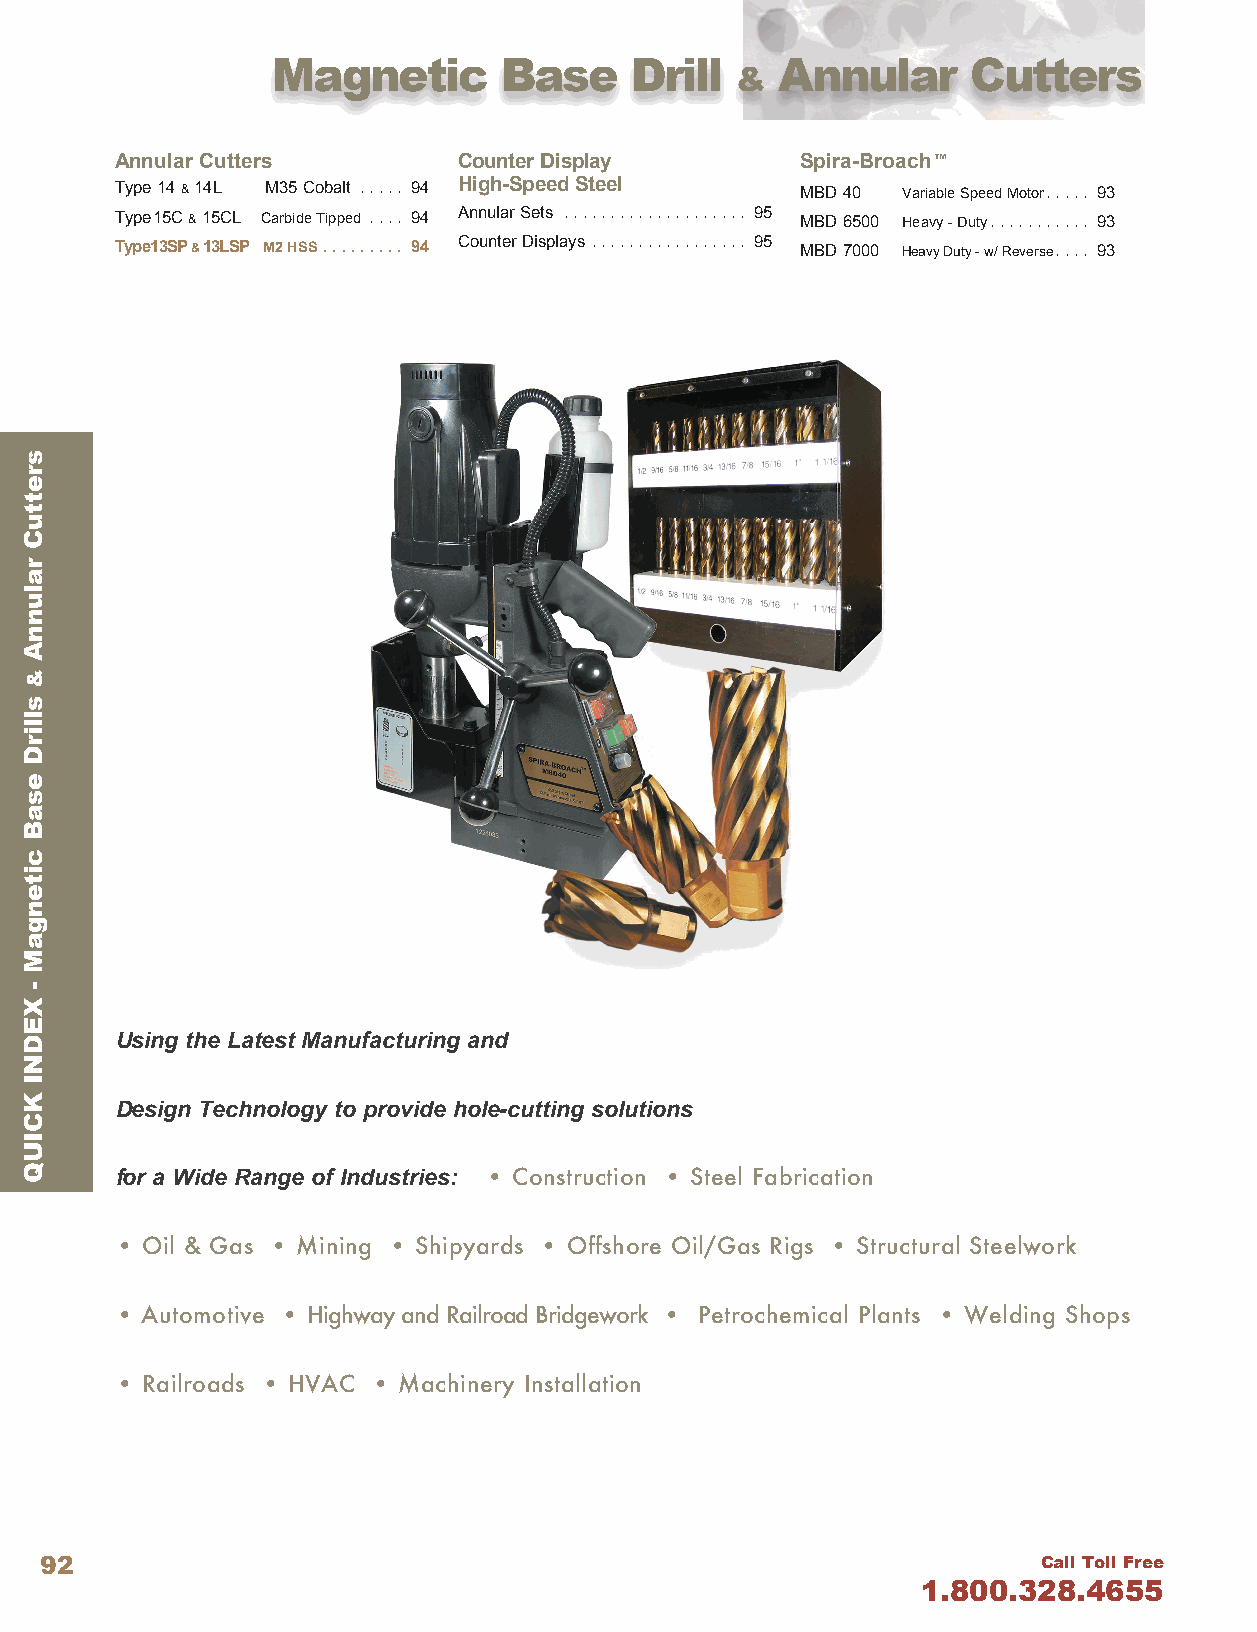
Magnetic       Base     Drill    Annular      Cutters
 &
 Annular Cutters       Counter Display        Spira-Broach™
 Type 14 & 14L M35 Cobalt  . . . . . 94 High-Speed Steel MBD 40 Variable Speed Motor . . . . . 93
 Type 15C & 15CL Carbide Tipped  . . . . 94 Annular Sets  . . . . . . . . . . . . . . . . . . . . 95 MBD 6500 Heavy - Duty . . . . . . . . . . . 93
 Type 13SP & 13LSP M2 HSS  . . . . . . . . . 94 Counter Displays  . . . . . . . . . . . . . . . . . 95 MBD 7000 Heavy Duty - w/ Reverse . . . . 93
 Using the Latest Manufacturing and
 Design Technology to provide hole-cutting solutions
 for a Wide Range of Industries: • Construction • Steel Fabrication
 • Oil & Gas • Mining • Shipyards • Offshore Oil/Gas Rigs • Structural Steelwork
 • Automotive • Highway and Railroad Bridgework • Petrochemical Plants • Welding Shops
 • Railroads • HVAC • Machinery Installation
 92                                                                Call Toll Free
 1.800.328.4655
 srettuC
 ralunnA
 &
 sllirD
 esaB
 citengaM
 -
 XEDNI
 KCIUQ